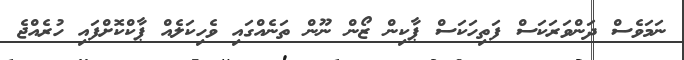
ނަމަވެސް ދަންވަރަކަސް ފަތިހަކަސް ޕާކިން ޒޯން ނޫން ތަނެއްގައި ވެހިކަލެއް ޕާކްކޮށްފައި ހުރެއްޖެ